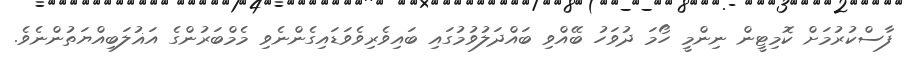
ފާސްކުރުމަށް ކޮމިޓީން ނިންމީ ހޯމަ ދުވަހު ބޭއްވި ބައްދަލުވުމުގައި ބައިވެރިވެވަޑައިގެންނެވި މެމްބަރުންގެ އަޣުލަބިއްޔަތުންނެވެ.